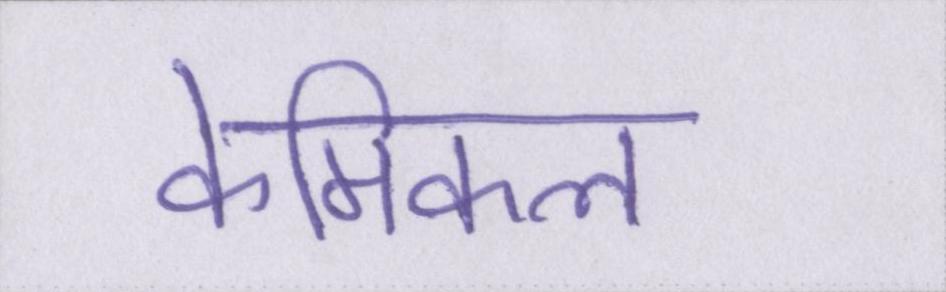
केमिकल